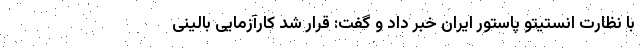
با نظارت انستیتو پاستور ایران خبر داد و گفت: قرار شد کارآزمایی بالینی